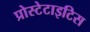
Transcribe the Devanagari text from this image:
प्रोस्टेटाइटिस